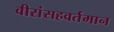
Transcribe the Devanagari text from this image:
वीरांसहवर्तमान